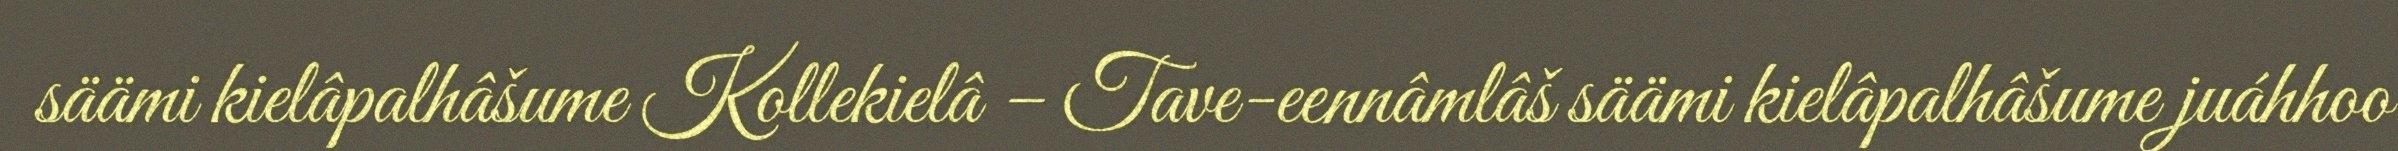
säämi kielâpalhâšume Kollekielâ – Tave-eennâmlâš säämi kielâpalhâšume juáhhoo